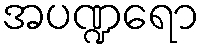
အပဏ္ဍရော